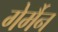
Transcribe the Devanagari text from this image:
गेर्मैन